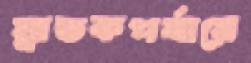
স্নাতকপর্যায়ে